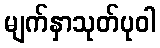
မျက်နှာသုတ်ပုဝါ